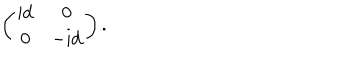
LaTeX: \left( \begin{matrix} { { \mathrm { i d } } } & { { 0 } } \\ { { 0 } } & { { \mathrm { - i d } } } \\ \end{matrix} \right) .